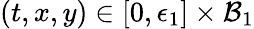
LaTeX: (t,x,y)\in[0,\epsilon_{1}]\times\mathcal{B}_{1}